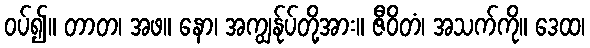
ဝပ်၍။ တာတ၊ အဖ။ နော၊ အကျွန်ုပ်တို့အား။ ဇီဝိတံ၊ အသက်ကို။ ဒေထ၊